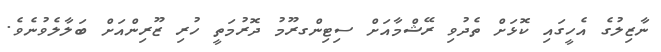
ނާޒިލުގެ އެހީގައި ކޮޅަށް ތެދުވި ރޭޝްމާއަށް ސިޓިންގރޫމު ދޮރުމަތީ ހުރި ޒޫރިންއަށް ބަލާލެވުނެވެ.